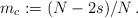
\begin{align*}m_c:=(N-2s)/N\,.\end{align*}